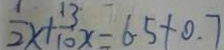
\frac { 1 } { 2 } x + \frac { 1 3 } { 1 0 } x = 6 . 5 + 0 . 7